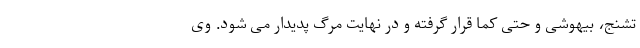
تشنج، بیهوشی و حتی کما قرار گرفته و در نهایت مرگ پدیدار می شود. وی